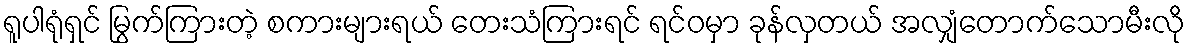
ရူပါရုံရှင် မြွက်ကြားတဲ့ စကားများရယ် တေးသံကြားရင် ရင်ဝမှာ ခုန်လှတယ် အလျှံတောက်သောမီးလို